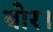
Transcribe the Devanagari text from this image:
बोर।